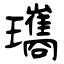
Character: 瓗